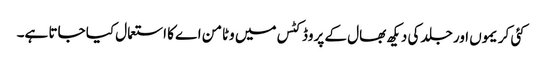
کئی کریموں اور جلد کی دیکھ بھال کے پروڈکٹس میں وٹامن اے کا استعمال کیا جاتا ہے۔